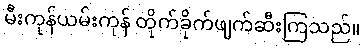
မီးကုန်ယမ်းကုန် တိုက်ခိုက်ဖျက်ဆီးကြသည်။